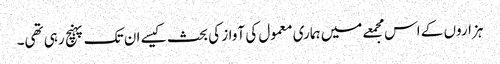
ہزاروں کے اس مجمعے میں ہماری معمول کی آواز کی بحث کیسے ان تک پہنچ رہی تھی۔